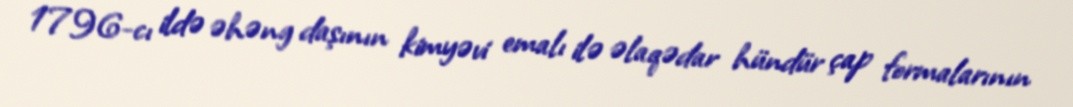
1796-cı ildə əhəng daşının kimyəvi emalı ilə əlaqədar hündür çap formalarının